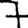
Digit: 7